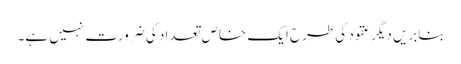
بنابریں دیگر عقود کی طرح ایک خاص تعداد کی ضرورت نہیں ہے۔